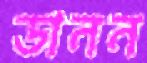
ডানন